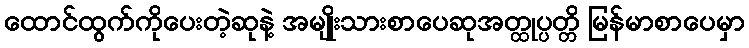
ထောင်ထွက်ကိုပေးတဲ့ဆုနဲ့ အမျိုးသားစာပေဆုအတ္ထုပ္ပတ္တိ မြန်မာစာပေမှာ